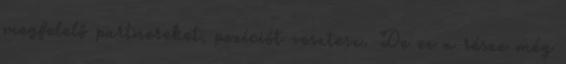
megfelelő partnereket, pozíciót vesztesz. De ez a része még